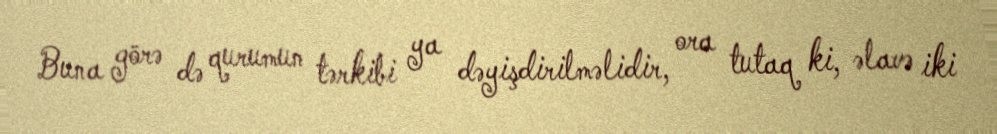
Buna görə də qurumun tərkibi ya dəyişdirilməlidir, ora tutaq ki, əlavə iki